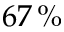
6 7 \, \%